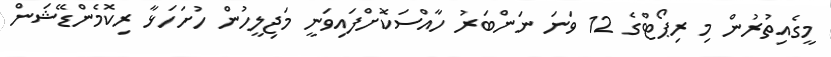
މީގެއިތުރުން މި ރިޕޯޓްގެ 12 ވަނަ ނަންބަރު ހާއްސަކޮށްފައިވަނީ މަޖިލީހުން ހުށަހަޅާ ރިކޮމެންޑޭޝަން